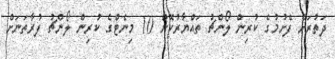
ދަތުރަށް ފެށުމުގެ ކުރިން ލޯންޗު ތައްޔާރުކޮށް 10 މިނެޓްގެ ކުރިން ލޯންޗު ފުރާތަނަށް